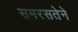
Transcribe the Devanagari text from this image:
समरसतेने